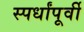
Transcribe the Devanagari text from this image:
स्पर्धांपूर्वी